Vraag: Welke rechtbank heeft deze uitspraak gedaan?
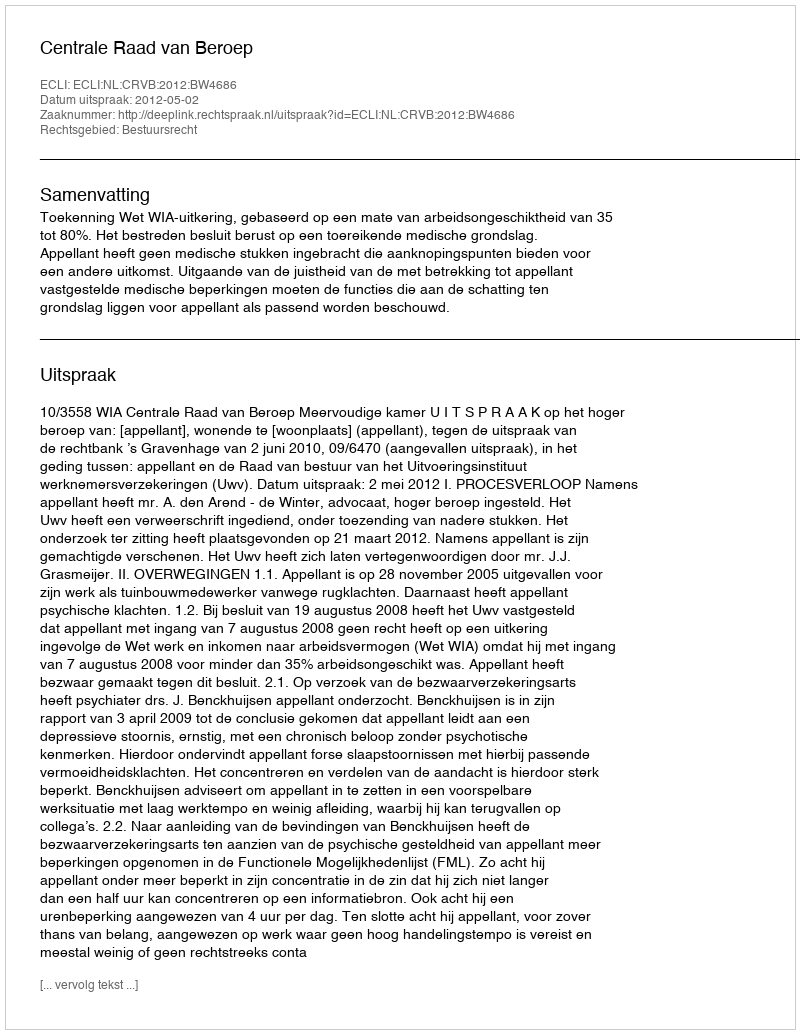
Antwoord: Centrale Raad van Beroep